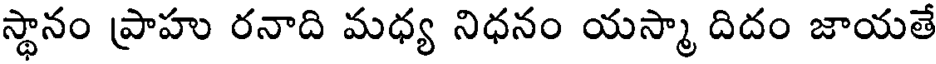
స్థానం ప్రాహు రనాది మధ్య నిధనం యస్మా దిదం జాయతే